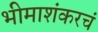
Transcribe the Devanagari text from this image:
भीमाशंकरचं